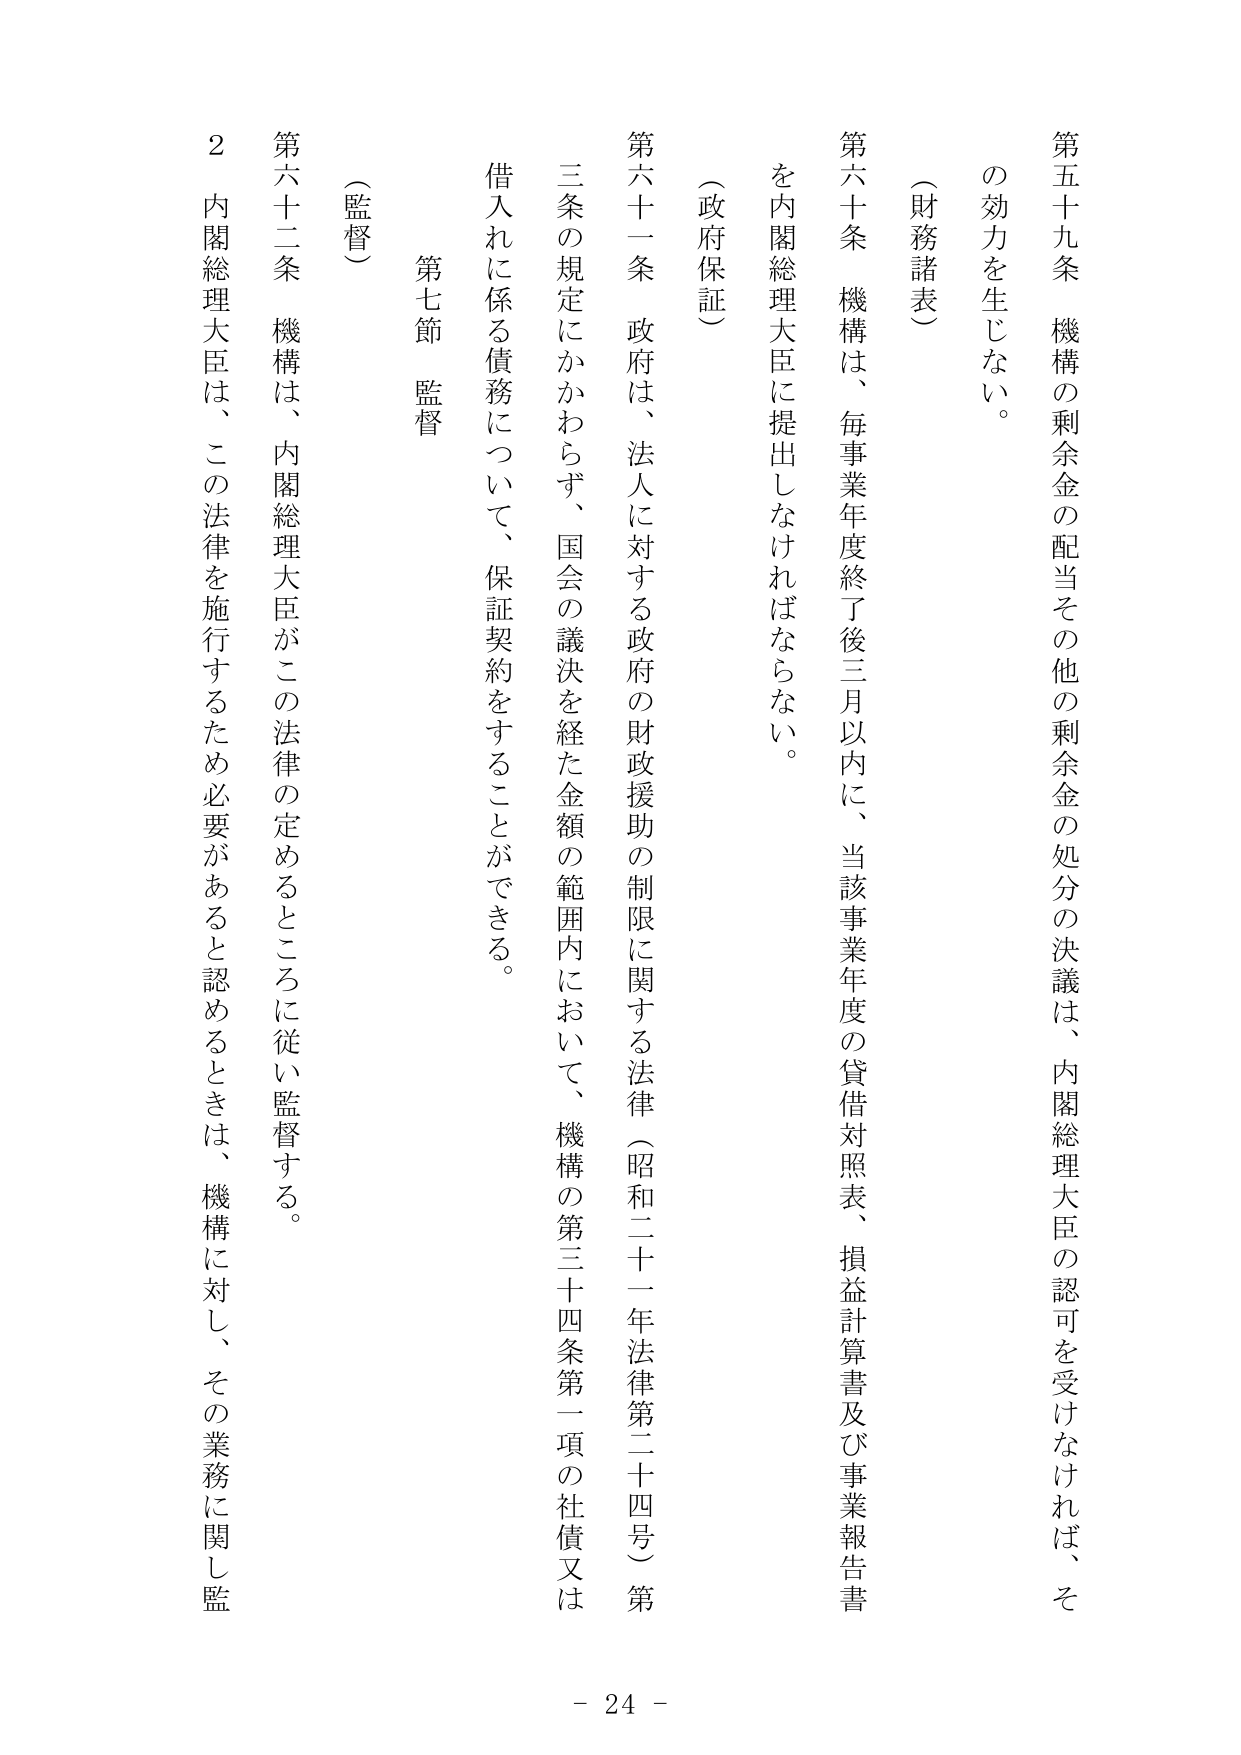
第五十九条 機構の剰余金の配当その他の剰余金の処分の決議は、内閣総理大臣の認可を受けなければ、その効力を生じない。

（財務諸表）

第六十条 機構は、毎事業年度終了後三月以内に、当該事業年度の貸借対照表、損益計算書及び事業報告書を内閣総理大臣に提出しなければならない。

（政府保証）

第六十一条 政府は、法人に対する政府の財政援助の制限に関する法律（昭和二十一年法律第二十四号）第三条の規定にかかわらず、国会の議決を経た金額の範囲内において、機構の第三十四条第一項の社債又は借入れに係る債務について、保証契約をすることができる。

第七節 監督

（監督）

第六十二条 機構は、内閣総理大臣がこの法律の定めるところに従い監督する。

２ 内閣総理大臣は、この法律を施行するため必要があると認めるときは、機構に対し、その業務に関し監

- 24 -